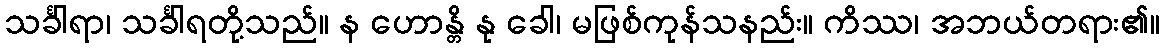
သင်္ခါရာ၊ သင်္ခါရတို့သည်။ န ဟောန္တိ နု ခေါ၊ မဖြစ်ကုန်သနည်း။ ကိဿ၊ အဘယ်တရား၏။